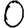
Digit: 0